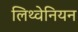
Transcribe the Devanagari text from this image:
लिथ्वेनियन